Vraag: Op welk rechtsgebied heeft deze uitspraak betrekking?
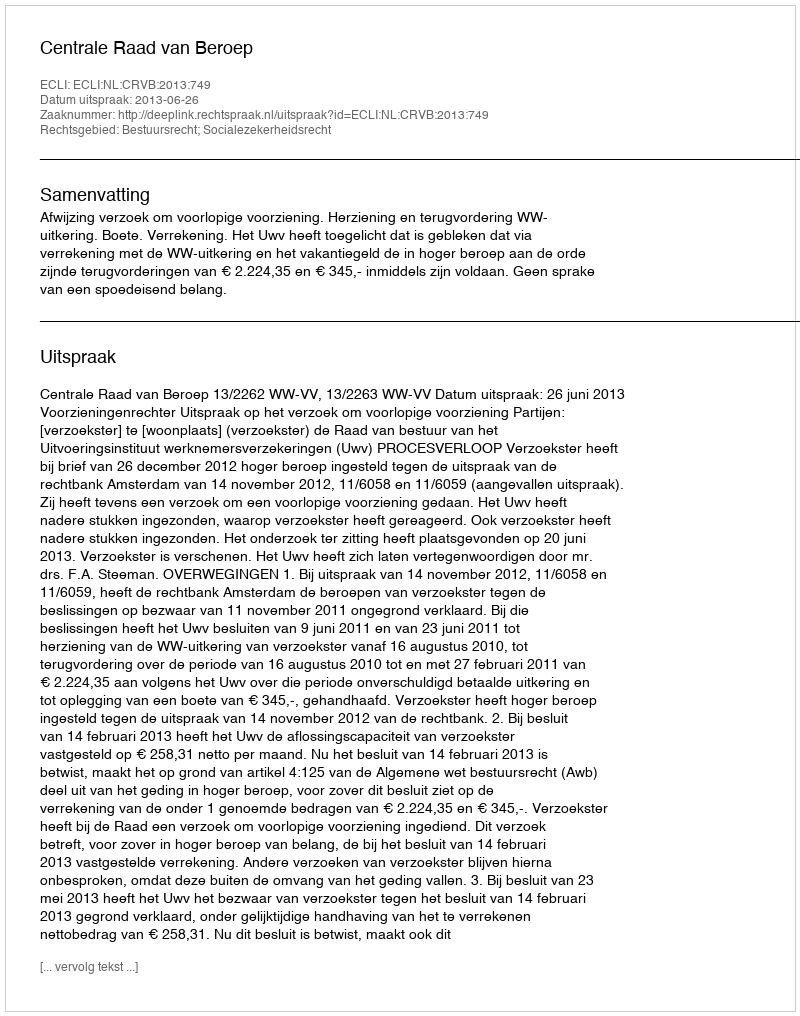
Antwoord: Bestuursrecht; Socialezekerheidsrecht